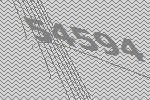
54594